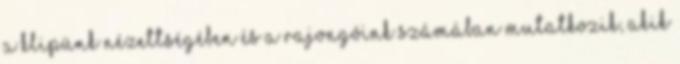
a klipünk nézettségében és a rajongóink számában mutatkozik, akik